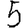
Digit: 5